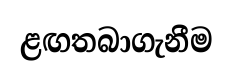
ළඟතබාගැනීම